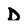
Character: D